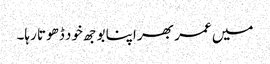
میں عمر بھر اپنا بوجھ خود ڈھوتا رہا۔